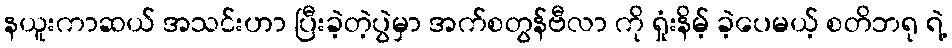
နယူးကာဆယ် အသင်းဟာ ပြီးခဲ့တဲ့ပွဲမှာ အက်စတွန်ဗီလာ ကို ရှုံးနိမ့် ခဲ့ပေမယ့် စတိဘရု ရဲ့